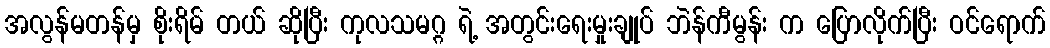
အလွန်မတန်မှ စိုးရိမ် တယ် ဆိုပြီး ကုလသမဂ္ဂ ရဲ့ အတွင်းရေးမှုးချုပ် ဘဲန်ကီမွန်း က ပြောလိုက်ပြီး ဝင်ရောက်